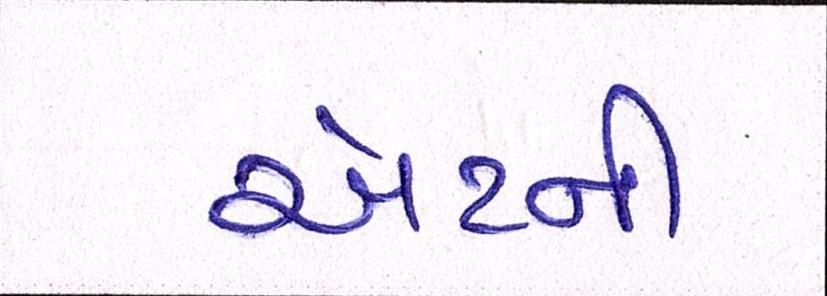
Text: એટર્ની